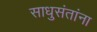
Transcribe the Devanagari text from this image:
साधुसंतांना